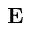
\mathbf { E }